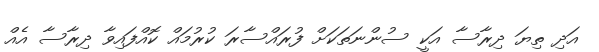
އަދި ތިޔަ ދިރާސާ އަކީ ސުންނަތަކަށް ފުރައްސާރަ ކުރުމައް ކޮއްފައިވާ ދިރާސާ އެއް